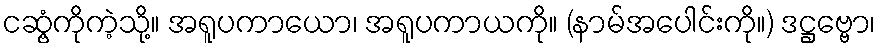
ငဆွံ့ကိုကဲ့သို့။ အရူပကာယော၊ အရူပကာယကို။ (နာမ်အပေါင်းကို။) ဒဋ္ဌဗ္ဗော၊